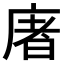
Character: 𢉜